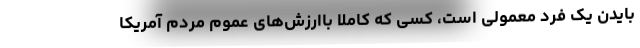
بایدن یک فرد معمولی است، کسی که کاملاً باارزش‌های عموم مردم آمریکا